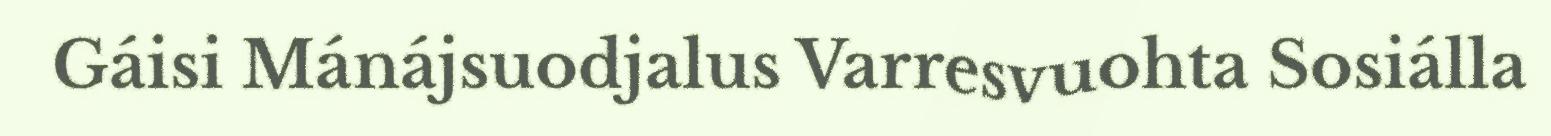
Gáisi Mánájsuodjalus Varresvuohta Sosiálla